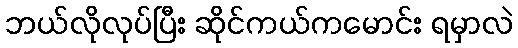
ဘယ်လိုလုပ်ပြီး ဆိုင်ကယ်ကမောင်း ရမှာလဲ